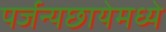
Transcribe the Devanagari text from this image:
पर्जन्यछायेमध्ये